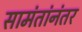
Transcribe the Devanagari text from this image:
सामंतांनंतर